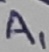
Text: A1